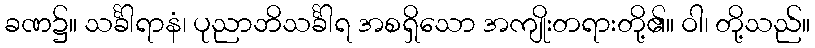
ခဏ၌။ သင်္ခါရာနံ၊ ပုညာဘိသင်္ခါရ အစရှိသော အကျိုးတရားတို့၏။ ဝါ၊ တို့သည်။